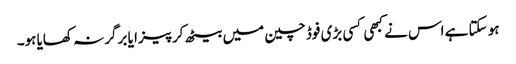
ہو سکتا ہے اس نے کبھی کسی بڑی فوڈ چین میں بیٹھ کر پیزا یا برگر نہ کھایا ہو۔